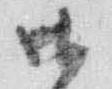
御